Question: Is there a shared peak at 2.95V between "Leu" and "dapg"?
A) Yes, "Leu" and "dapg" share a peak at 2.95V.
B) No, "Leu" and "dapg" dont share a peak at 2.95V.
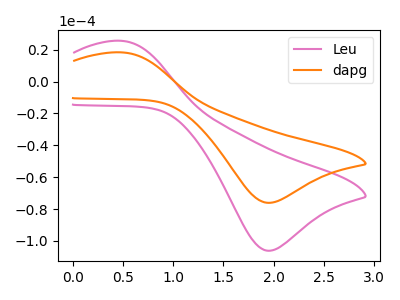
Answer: <think>The pink curve "Leu" has an anodic peak at (0.50V, 25.50uA) and a cathodic peak at (1.95V, -106.15uA). The orange curve "dapg" has an anodic peak at (0.50V, 18.30uA) and a cathodic peak at (1.95V, -76.05uA).</think>
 <answer>B) No, "Leu" and "dapg" dont share a peak at 2.95V.</answer>
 <eval>B</eval>